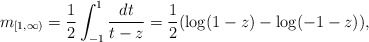
\begin{align*} m_{[1,\infty)}=\frac12\int_{-1}^1\frac{dt}{t-z}=\frac12(\log(1-z)-\log(-1-z)),\end{align*}